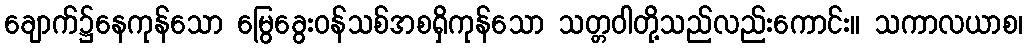
ချောက်၌နေကုန်သော မြွေခွေးဝန်သစ်အစရှိကုန်သော သတ္တဝါတို့သည်လည်းကောင်း။ သကာလယာစ၊